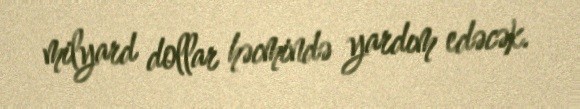
milyard dollar həcmində yardım edəcək.